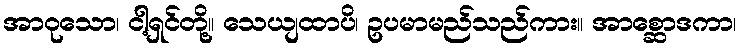
အာဝုသော၊ ငါ့ရှင်တို့။ သေယျထာပိ၊ ဥပမာမည်သည်ကား။ အာစ္ဆောဒကာ၊